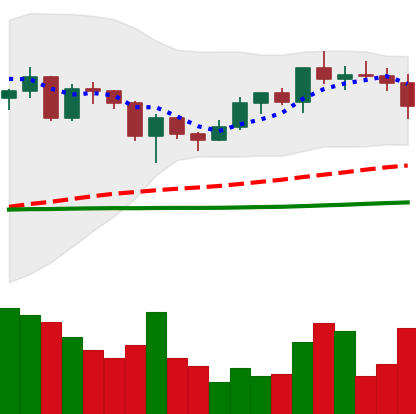
Ticker: ADA-USD
Chart end date: 2020-12-21
Forward return: 3.385%
Label: up_3_5